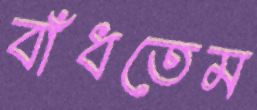
বাঁধতেম